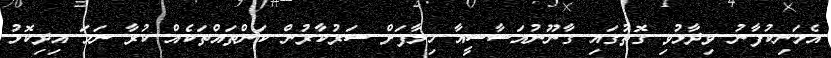
އެމަނިކުފާނު ވިދާޅުވި ގޮތުގައި ގާނޫނުއަސާސީއާ ހިލާފަށް ސަރުކާރުން ކަންތައްތަކެއް ކުރާ ނަމަ އިދިކޮޅު